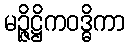
မဉ္ဇိဋ္ဌိကဝဒ္ဓိကာ